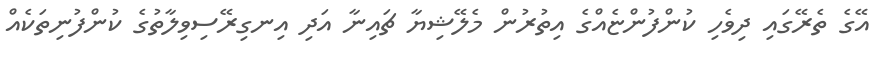
އޭގެ ތެރޭގައި ދިވެހި ކުންފުންޏެއްގެ އިތުރުން މެލޭޝިޔާ ޗައިނާ އަދި އިނގިރޭސިވިލާތުގެ ކުންފުނިތަކެއް